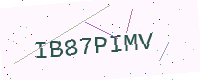
Text: IB87PIMV